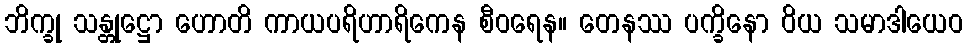
ဘိက္ခု သန္တုဋ္ဌော ဟောတိ ကာယပရိဟာရိကေန စီဝရေန။ တေနဿ ပက္ခိနော ဝိယ သမာဒါယေဝ